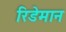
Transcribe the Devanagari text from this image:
रिडेमान